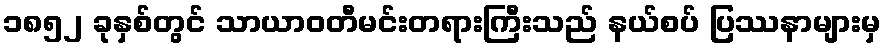
၁၈၅၂ ခုနှစ်တွင် သာယာဝတီမင်းတရားကြီးသည် နယ်စပ် ပြဿနာများမှ